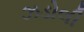
ઝડોલી